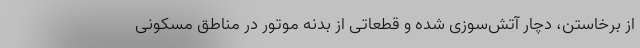
از برخاستن، دچار آتش‌سوزی شده و قطعاتی از بدنه موتور در مناطق مسکونی